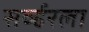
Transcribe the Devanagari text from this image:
सर्व्हरला